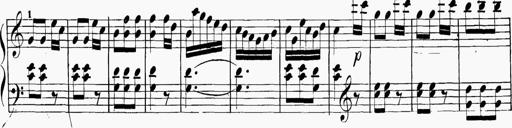
Title: 6 Sonatinas
Composer: Carl Reinecke